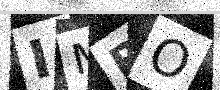
Text: IMRO